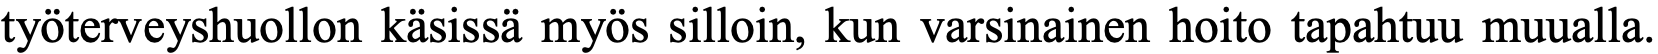
työterveyshuollon käsissä myös silloin, kun varsinainen hoito tapahtuu muualla.